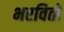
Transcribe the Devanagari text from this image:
भरवितो